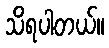
သိရပါတယ်။